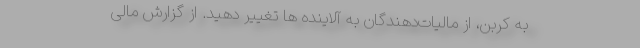
به کربن، از مالیات‌دهندگان به آلاینده ها تغییر دهید. از گزارش مالی